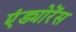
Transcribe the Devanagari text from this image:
एंड्योरेंस